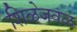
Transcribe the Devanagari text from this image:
शिळेजवळ